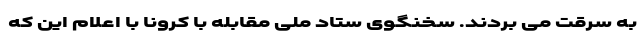
به سرقت می بردند. سخنگوی ستاد ملی مقابله با کرونا با اعلام این که